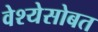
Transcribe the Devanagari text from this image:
वेश्येसोबत